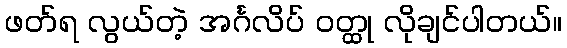
ဖတ်ရ လွယ်တဲ့ အင်္ဂလိပ် ဝတ္ထု လိုချင်ပါတယ်။